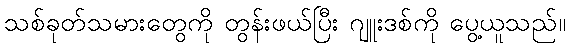
သစ်ခုတ်သမားတွေကို တွန်းဖယ်ပြီး ဂျူးဒစ်ကို ပွေ့ယူသည်။